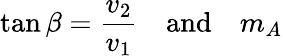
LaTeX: \tan\beta={\frac{v_{2}}{v_{1}}}\quad\mathrm{and}\quad m_{A}